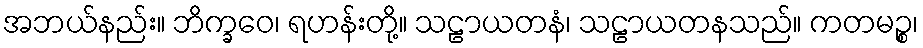
အဘယ်နည်း။ ဘိက္ခဝေ၊ ရဟန်းတို့။ သဠာယတနံ၊ သဠာယတနသည်။ ကတမဉ္စ၊